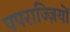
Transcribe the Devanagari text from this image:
पपराज्ज़ियों